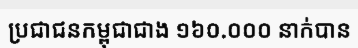
ប្រជាជនកម្ពុជាជាង ១៦០.០០០ នាក់បាន